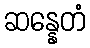
ဆန္နေတံ